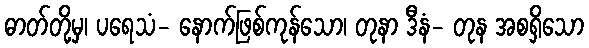
ဓာတ်တို့မှ၊ ပရေသံ- နောက်ဖြစ်ကုန်သော၊ တုနာ ဒီနံ- တုန အစရှိသော